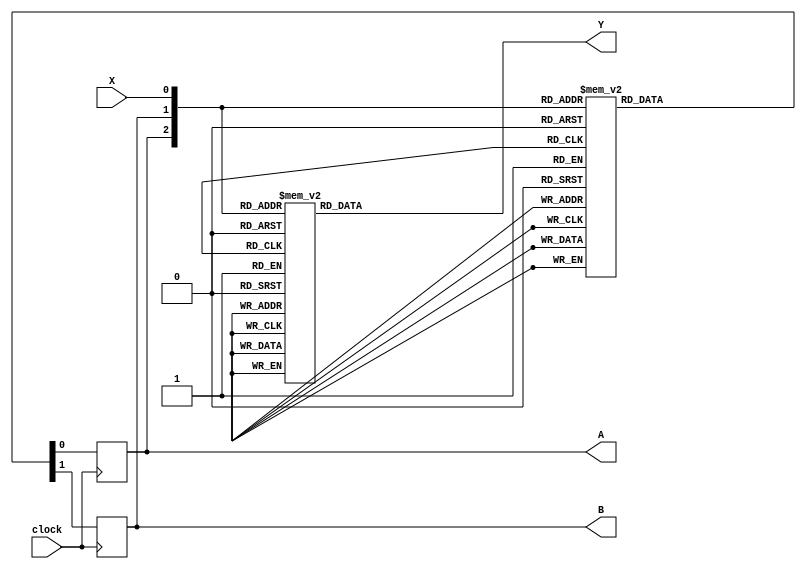
module lab083new(clock, X, A, B, Y);
	input clock,X;
	output A,B,Y;
	
	reg A,B,Y;
	
	always@(posedge clock) begin
		case({A,B,X})
			3'b000:
			begin
			A = 1'b0;
			B = 1'b0;
			end
			3'b001:
			begin
			A = 1'b0;
			B = 1'b1;
			end
			3'b010:
			begin
			A = 1'b0;
			B = 1'b0;
			end
			3'b011:
			begin
			A = 1'b1;
			B = 1'b1;
			end
			3'b100:
			begin
			A = 1'b0;
			B = 1'b0;
			end
			3'b101:
			begin
			A = 1'b1;
			B = 1'b0;
			end
			3'b110:
			begin
			A = 1'b0;
			B = 1'b0;
			end
			3'b111:
			begin
			A = 1'b1;
			B = 1'b0;
			end
		endcase
	end
	
	always@(*) begin
		case({A,B,X})
			3'b000:
			begin
			Y = 1'b0;
			end
			3'b001:
			begin
			Y = 1'b0;
			end
			3'b010:
			begin
			Y = 1'b1;
			end
			3'b011:
			begin
			Y = 1'b0;
			end
			3'b100:
			begin
			Y = 1'b1;
			end
			3'b101:
			begin
			Y = 1'b0;
			end
			3'b110:
			begin
			Y = 1'b1;
			end
			3'b111:
			begin
			Y = 1'b0;
			end
		endcase
	end
endmodule